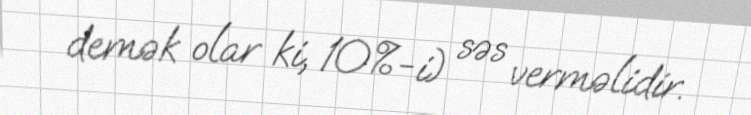
demək olar ki, 10%-i) səs verməlidir.